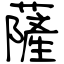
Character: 薩